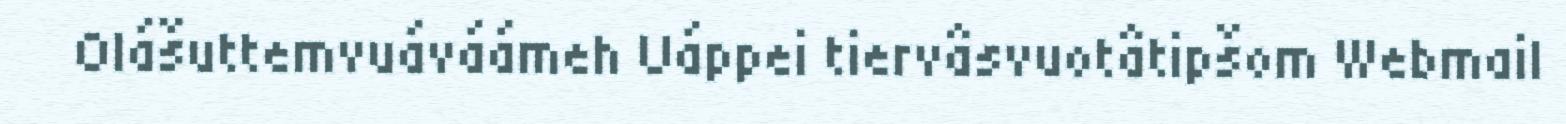
Olášuttemvuáváámeh Uáppei tiervâsvuotâtipšom Webmail